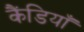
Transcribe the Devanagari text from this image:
कैंडियाँ